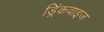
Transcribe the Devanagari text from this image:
ड्रिंकवाइज